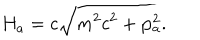
H _ { a } = c \sqrt { m ^ { 2 } c ^ { 2 } + { \bf p } _ { a } ^ { 2 } } .